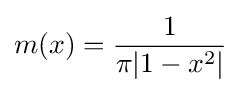
m(x)={\frac {1}{\pi |1-x^{2}|}}